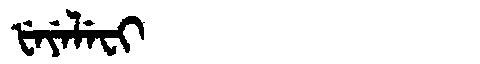
Manchu: ᡶᡝᠶᡝᠯᡝᠸᡳ
Romanization: FEYELEFI